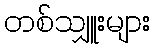
တစ်သျှူးများ